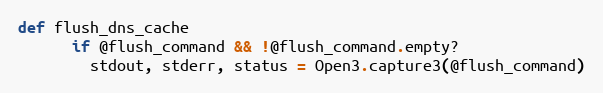
Language: Ruby
def flush_dns_cache
      if @flush_command && !@flush_command.empty?
        stdout, stderr, status = Open3.capture3(@flush_command)